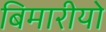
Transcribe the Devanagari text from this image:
बिमारीयो